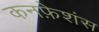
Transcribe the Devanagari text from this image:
कनफ़ेशंस